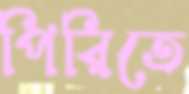
পিরিতে